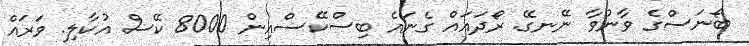
ބޯނަސްގެ ވާނުވާ ނޭނގޭ. ރޯދައައް ގެނައެ ބިސްކޭސްއިން 8000 ކޭސް އުކާލި. ވަރައް